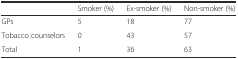
<table><thead><tr><td></td><td><b>Smoker (%)</b></td><td><b>Ex-smoker (%)</b></td><td><b>Non-smoker (%)</b></td></tr></thead><tbody><tr><td>GPs</td><td>5</td><td>18</td><td>77</td></tr><tr><td>Tobacco counselors</td><td>0</td><td>43</td><td>57</td></tr><tr><td>Total</td><td>1</td><td>36</td><td>63</td></tr></tbody></table>